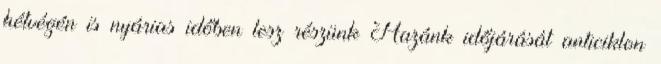
hétvégén is nyárias időben lesz részünk Hazánk időjárását anticiklon